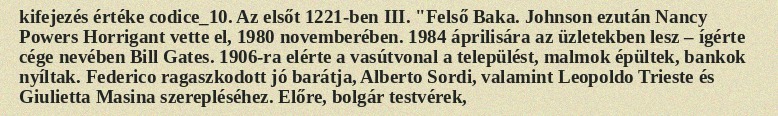
kifejezés értéke codice_10. Az elsőt 1221-ben III. "Felső Baka. Johnson ezután Nancy Powers Horrigant vette el, 1980 novemberében. 1984 áprilisára az üzletekben lesz – ígérte cége nevében Bill Gates. 1906-ra elérte a vasútvonal a települést, malmok épültek, bankok nyíltak. Federico ragaszkodott jó barátja, Alberto Sordi, valamint Leopoldo Trieste és Giulietta Masina szerepléséhez. Előre, bolgár testvérek,